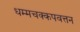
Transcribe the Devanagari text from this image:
धम्मचक्कपवत्तन